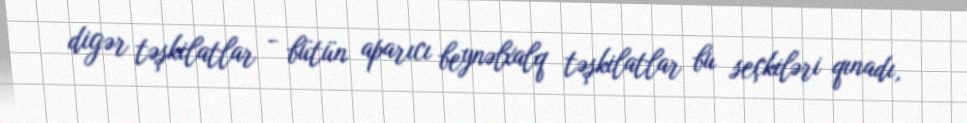
digər təşkilatlar - bütün aparıcı beynəlxalq təşkilatlar bu seçkiləri qınadı,